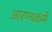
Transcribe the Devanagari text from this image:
आरण्यकमें